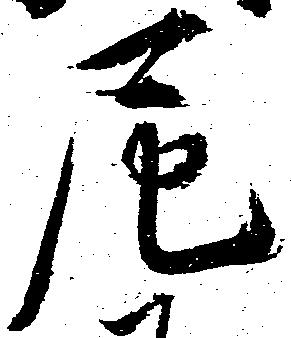
尼